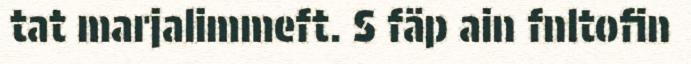
tat marjalimmeft. S fäp ain fnltofin